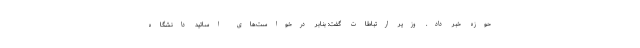
حوزه خبر داد. وزیر ارتباطات گفت: بنابر درخواست‌های اساتید دانشگاه